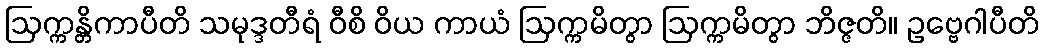
ဩက္ကန္တိကာပီတိ သမုဒ္ဒတီရံ ဝီစိ ဝိယ ကာယံ ဩက္ကမိတွာ ဩက္ကမိတွာ ဘိဇ္ဇတိ။ ဥဗ္ဗေဂါပီတိ